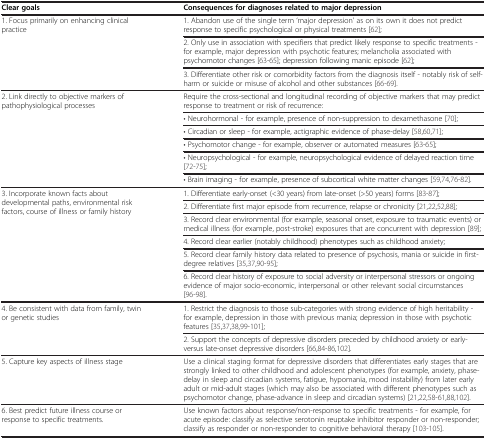
<table><thead><tr><td><b>Clear goals</b></td><td><b>Consequences for diagnoses related to major depression</b></td></tr></thead><tbody><tr><td rowspan="3">1. Focus primarily on enhancing clinical practice</td><td>1. Abandon use of the single term ‘major depression’ as on its own it does not predict response to specific psychological or physical treatments [62];</td></tr><tr><td>2. Only use in association with specifiers that predict likely response to specific treatments - for example, major depression with psychotic features; melancholia associated with psychomotor changes [63-65]; depression following manic episode [62];</td></tr><tr><td>3. Differentiate other risk or comorbidity factors from the diagnosis itself - notably risk of self-harm or suicide or misuse of alcohol and other substances [66-69].</td></tr><tr><td rowspan="6">2. Link directly to objective markers of pathophysiological processes</td><td>Require the cross-sectional and longitudinal recording of objective markers that may predict response to treatment or risk of recurrence:</td></tr><tr><td>• Neurohormonal - for example, presence of non-suppression to dexamethasone [70];</td></tr><tr><td>• Circadian or sleep - for example, actigraphic evidence of phase-delay [58,60,71];</td></tr><tr><td>• Psychomotor change - for example, observer or automated measures [63-65];</td></tr><tr><td>• Neuropsychological - for example, neuropsychological evidence of delayed reaction time [72-75];</td></tr><tr><td>• Brain imaging - for example, presence of subcortical white matter changes [59,74,76-82].</td></tr><tr><td rowspan="6">3. Incorporate known facts about developmental paths, environmental risk factors, course of illness or family history</td><td>1. Differentiate early-onset (&lt;30 years) from late-onset (&gt;50 years) forms [83-87];</td></tr><tr><td>2. Differentiate first major episode from recurrence, relapse or chronicity [21,22,52,88];</td></tr><tr><td>3. Record clear environmental (for example, seasonal onset, exposure to traumatic events) or medical illness (for example, post-stroke) exposures that are concurrent with depression [89];</td></tr><tr><td>4. Record clear earlier (notably childhood) phenotypes such as childhood anxiety;</td></tr><tr><td>5. Record clear family history data related to presence of psychosis, mania or suicide in first-degree relatives [35,37,90-95];</td></tr><tr><td>6. Record clear history of exposure to social adversity or interpersonal stressors or ongoing evidence of major socio-economic, interpersonal or other relevant social circumstances [96-98].</td></tr><tr><td rowspan="2">4. Be consistent with data from family, twin or genetic studies</td><td>1. Restrict the diagnosis to those sub-categories with strong evidence of high heritability - for example, depression in those with previous mania; depression in those with psychotic features [35,37,38,99-101];</td></tr><tr><td>2. Support the concepts of depressive disorders preceded by childhood anxiety or early- versus late-onset depressive disorders [66,84-86,102].</td></tr><tr><td>5. Capture key aspects of illness stage</td><td>Use a clinical staging format for depressive disorders that differentiates early stages that are strongly linked to other childhood and adolescent phenotypes (for example, anxiety, phase-delay in sleep and circadian systems, fatigue, hypomania, mood instability) from later early adult or mid-adult stages (which may also be associated with different phenotypes such as psychomotor change, phase-advance in sleep and circadian systems) [21,22,58-61,88,102].</td></tr><tr><td>6. Best predict future illness course or response to specific treatments.</td><td>Use known factors about response/non-response to specific treatments - for example, for acute episode: classify as selective serotonin reuptake inhibitor responder or non-responder; classify as responder or non-responder to cognitive behavioral therapy [103-105].</td></tr></tbody></table>